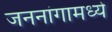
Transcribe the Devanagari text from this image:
जननांगामध्ये